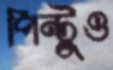
পিন্টুও